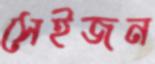
সেইজন